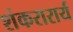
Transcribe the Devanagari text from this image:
शंकरारार्य